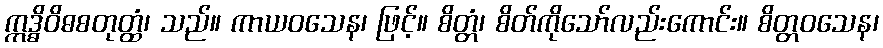
ဣဒ္ဓိဝိဓစတုတ္ထံ၊ သည်။ ကာယဝသေန၊ ဖြင့်။ စိတ္တံ၊ စိတ်ကိုသော်လည်းကောင်း။ စိတ္တဝသေန၊